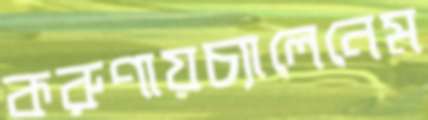
করুণায়চ্যালেনেম